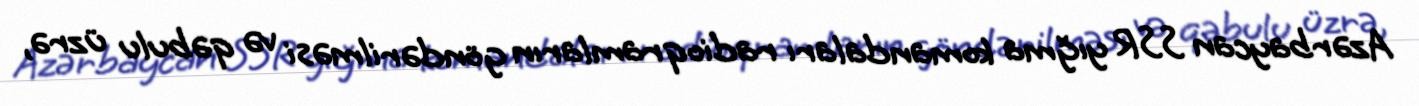
Azərbaycan SSR yığma komandaları radioqramların göndərilməsi və qəbulu üzrə,